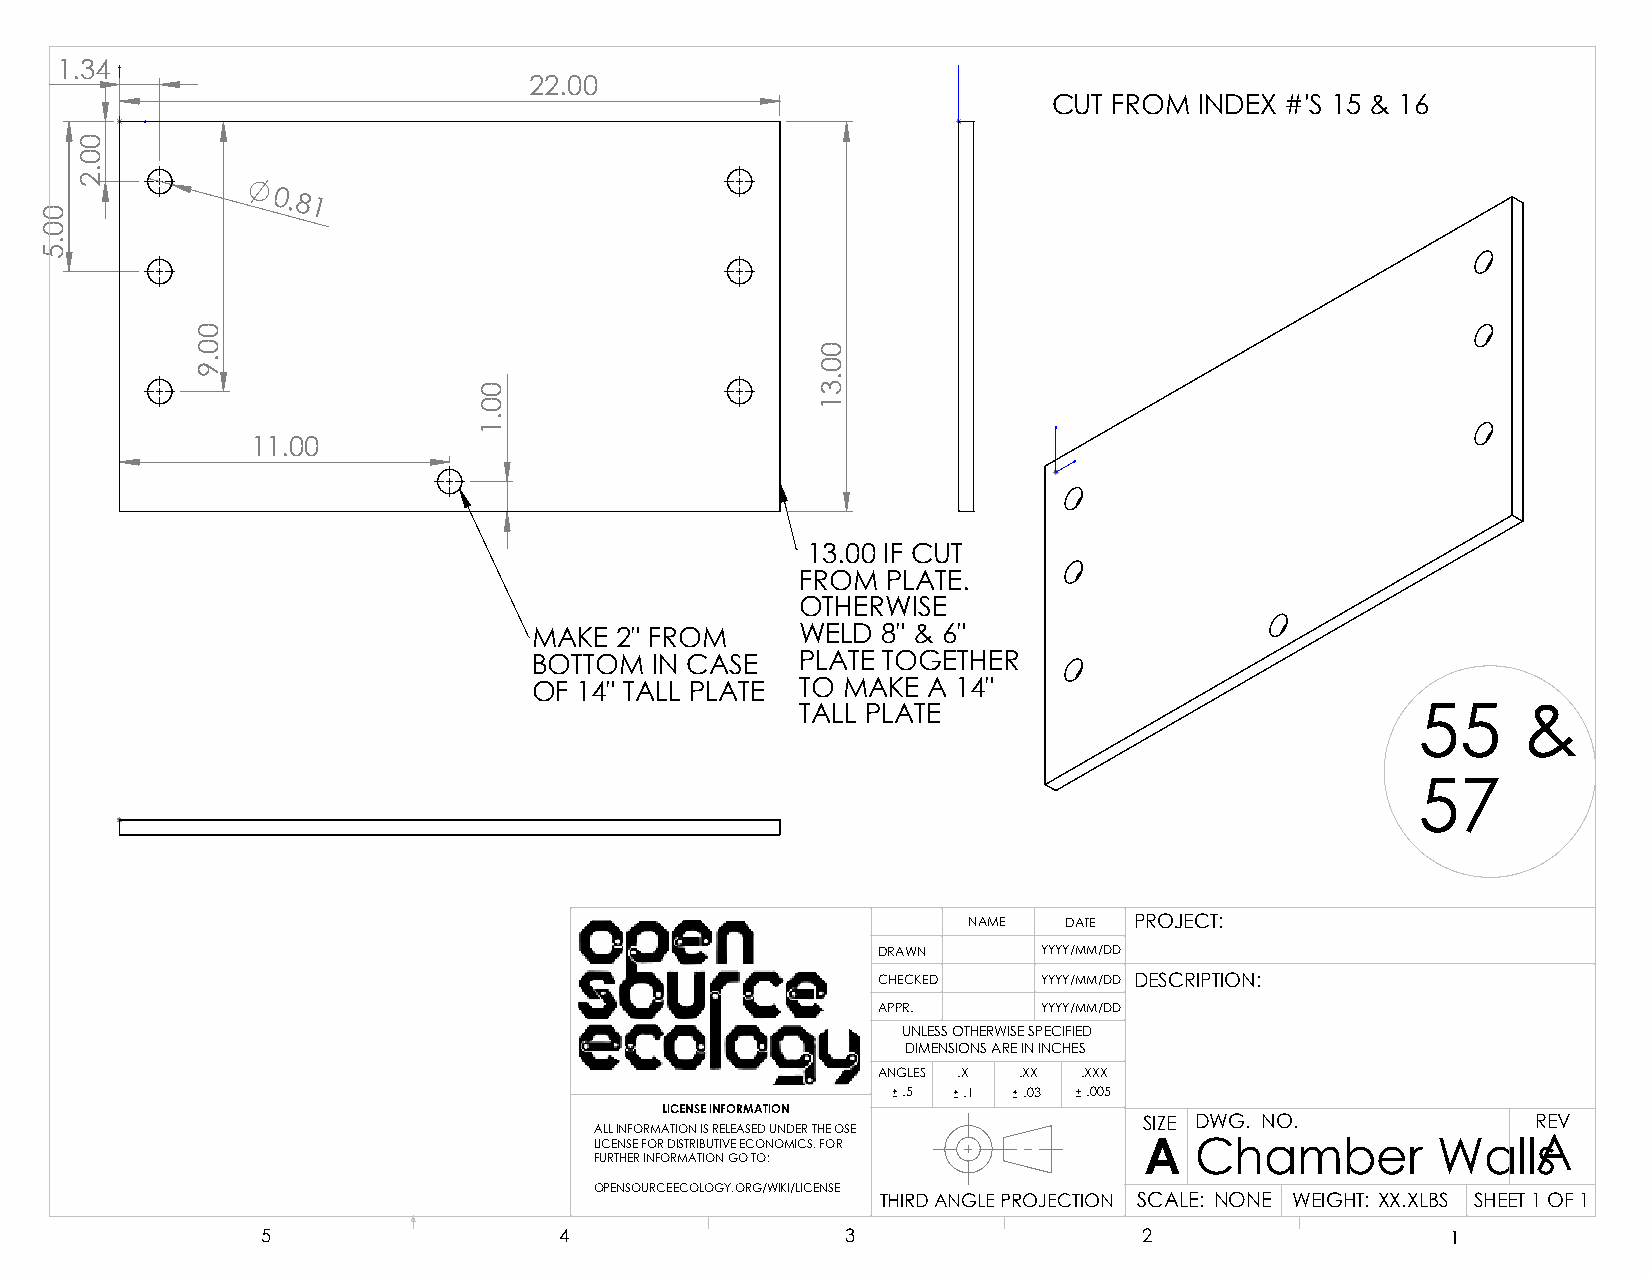
1.34
 22.00
 CUT FROM INDEX #'S 15 & 16
 0.81
 11.00
 13.00 IF CUT
 FROM  PLATE.
 OTHERWISE
 MAKE  2" FROM     WELD 8" & 6"
 BOTTOM  IN CASE   PLATE TOGETHER
 OF 14" TALL PLATE TO MAKE A 14"
 TALL PLATE                               55     &
 57
 NAME  DATE PROJECT:
 DRAWN      YYYY/MM/DD
 CHECKED    YYYY/MM/DD DESCRIPTION:
 APPR.      YYYY/MM/DD
 UNLESS OTHERWISE SPECIFIED
 DIMENSIONS ARE IN INCHES
 ANGLES .X .XX .XXX
 .5  .1  .03 .005
 LICENSE INFORMATION
 SIZE DWG. NO.             REV
 ALL INFORMATION IS RELEASED UNDER THE OSE
 LICENSE FOR DISTRIBUTIVE ECONOMICS. FOR A Chamber       WallAs
 FURTHER INFORMATION GO TO:
 OPENSOURCEECOLOGY.ORG/WIKI/LICENSE
 THIRD ANGLE PROJECTION SCALE: NONE WEIGHT: XX.XLBS SHEET 1 OF 1
 5                   4                  3                   2                   1
 00.5
 00.2
 00.9
 00.1
 00.31